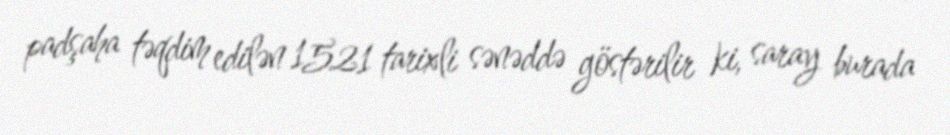
padşaha təqdim edilən 1521 tarixli sənəddə göstərilir ki, saray burada